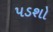
પડશો